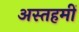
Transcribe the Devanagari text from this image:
अस्तहमीं